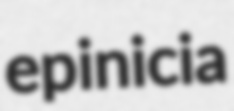
epinicia